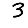
Digit: 3